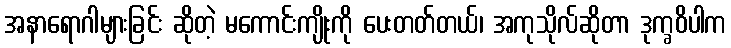
အနာရောဂါများခြင်း ဆိုတဲ့ မကောင်းကျိုးကို ပေးတတ်တယ်၊ အကုသိုလ်ဆိုတာ ဒုက္ခဝိပါက